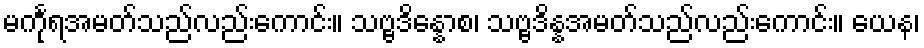
မင်္ကုရအမတ်သည်လည်းကောင်း။ သဗ္ဗဒိန္နောစ၊ သဗ္ဗဒိန္နအမတ်သည်လည်းကောင်း။ ယေန၊